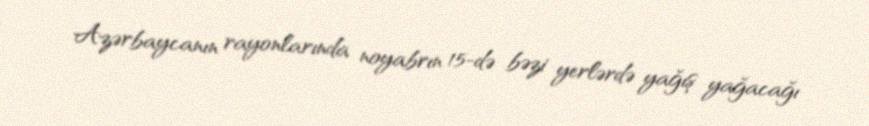
Azərbaycanın rayonlarında noyabrın 15-də bəzi yerlərdə yağış yağacağı